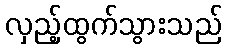
လှည့်ထွက်သွားသည်